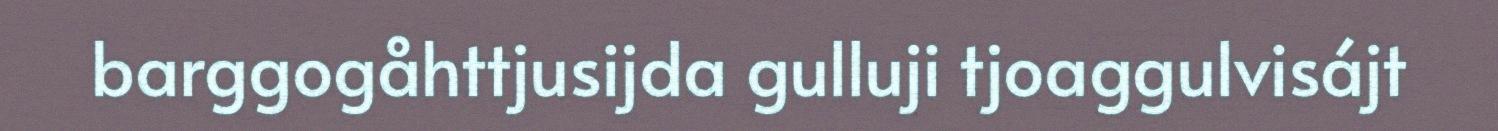
barggogåhttjusijda gulluji tjoaggulvisájt